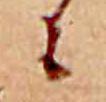
に